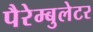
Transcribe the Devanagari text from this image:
पैरेम्बुलेटर